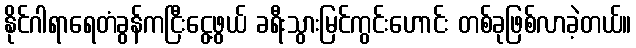
နိုင်ဂါရာရေတံခွန်ကငြီးငွေ့ဖွယ် ခရီးသွားမြင်ကွင်းဟောင်း တစ်ခုဖြစ်လာခဲ့တယ်။